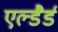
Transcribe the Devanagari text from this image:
एल्डैर्ड